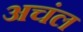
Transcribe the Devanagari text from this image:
अचंल